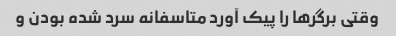
وقتی برگرها را پیک آورد متاسفانه سرد شده بودن و